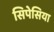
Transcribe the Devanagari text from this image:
सिपेसिया